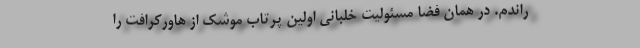
راندم. در همان فضا مسئولیت خلبانی اولین پرتاب موشک از هاورکرافت را